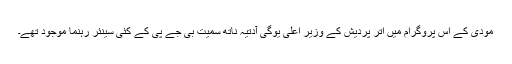
مودی کے اس پروگرام میں اتر پردیش کے وزیر اعلیٰ یوگی آدتیہ ناتھ سمیت بی جے پی کے کئی سینئر رہنما موجود تھے۔